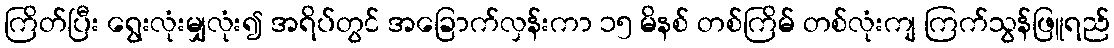
ကြိတ်ပြီး ရွေးလုံးမျှလုံး၍ အရိပ်တွင် အခြောက်လှန်းကာ ၁၅ မိနစ် တစ်ကြိမ် တစ်လုံးကျ ကြက်သွန်ဖြူရည်